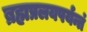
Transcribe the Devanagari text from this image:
ब्रह्मप्रलयपर्यन्तं